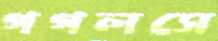
গগলসে